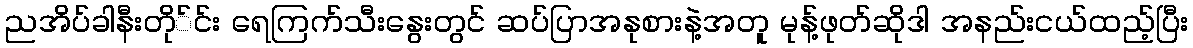
ညအိပ်ခါနီးတို်င်း ရေကြက်သီးနွေးတွင် ဆပ်ပြာအနုစားနဲ့အတူ မုန့်ဖုတ်ဆိုဒါ အနည်းငယ်ထည့်ပြီး